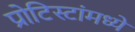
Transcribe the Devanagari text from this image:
प्रोटिस्टांमध्ये